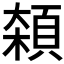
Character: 𱂘